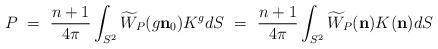
LaTeX: \begin{align*}P\ =\ \frac{n+1}{4\pi}\int_{S^{2}}\widetilde{W}_{P}(g\mathbf{n}_{0})K^{g}dS\ =\ \frac{n+1}{4\pi}\int_{S^{2}}\widetilde{W}_{P}(\mathbf{n})K(\mathbf{n})dS \end{align*}